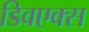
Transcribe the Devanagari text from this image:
डिवएक्स